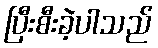
ပြီးစီးခဲ့ပါသည်